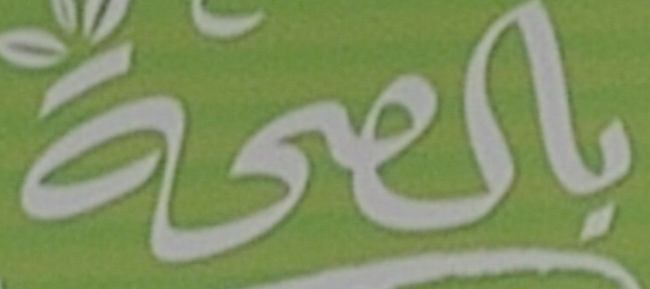
بالصحة